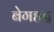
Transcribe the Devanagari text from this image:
बेगहद